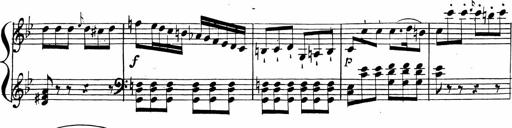
Title: 2 Piano Sonatinas
Composer: Ferdinand Ries